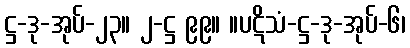
ဋ္ဌ-ဒု-အုပ်-၂၃။ ၂-ဋ္ဌ ၉၉။ ။ပဋိသံ-ဋ္ဌ-ဒု-အုပ်-၆၊